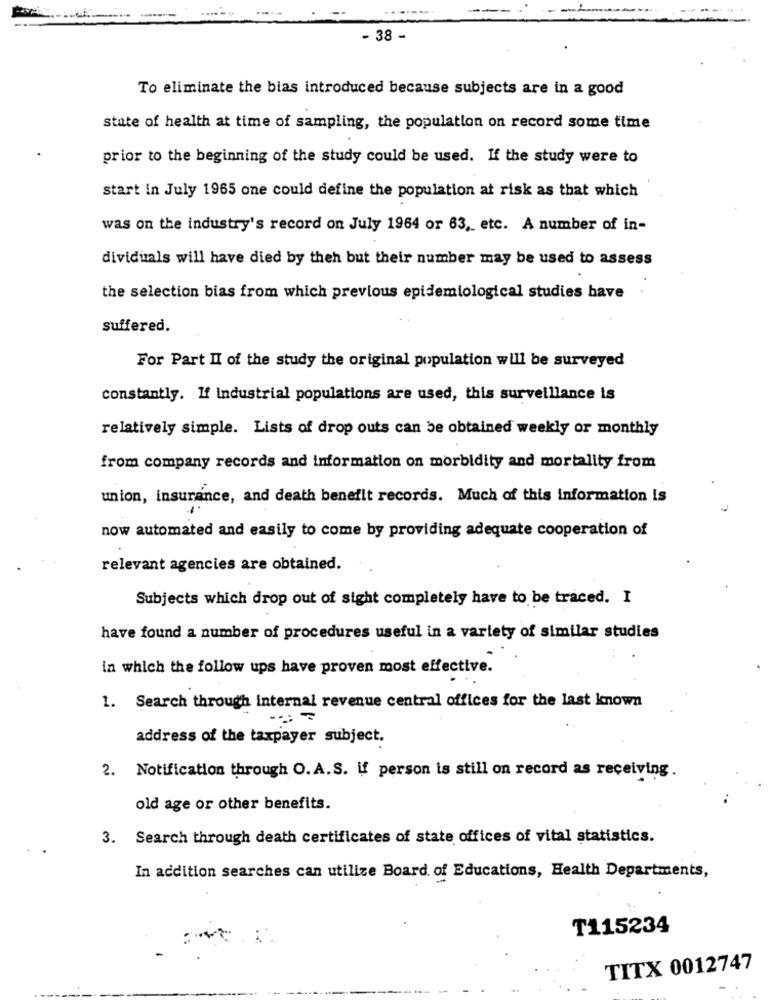
- 38 -
To eliminate the bias introduced because subjects are in a good
state of health at time of sampling, the population on record some time
prior to the beginning of the study could be used. If the study were to
start in July 1965 one could define the population at risk as that which
was on the industry's record on July 1964 or 63, etc. A number of in-
dividuals will have died by theh but their number may be used to assess
the selection bias from which previous epidemiological studies have
suffered.
For Part II of the study the original population will be surveyed
constantly. If industrial populations are used, this surveillance is
relatively simple. Lists of drop outs can be obtained weekly or monthly
from company records and information on morbidity and mortality from
union, insurance, and death benefit records. Much of this information is
now automated and easily to come by providing adequate cooperation of
relevant agencies are obtained.
Subjects which drop out of sight completely have to be traced. I
have found a number of procedures useful in a variety of similar studies
in which the follow ups have proven most effective.
1. Search through internal revenue central offices for the last known
address of the taxpayer subject.
2. Notification through O. A.S. if person is still on record as receiving.
old age or other benefits.
3. Search through death certificates of state offices of vital statistics.
In addition searches can utilize Board of Educations, Health Departments,
T115234
TITX 0012747